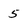
Character: 5